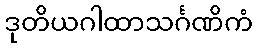
ဒုတိယဂါထာသင်္ဂဏိကံ